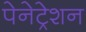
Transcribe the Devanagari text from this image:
पेनेट्रेशन